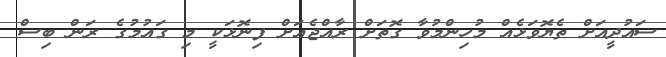
ސައުދީއަށް ތެޔޮވަޅެއް މުހިންމުވާ ގޮތަށް ރާއްޖެއަށް ފިނޮޅަކީ މި ގައުމުގެ ރަން ބިސް